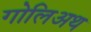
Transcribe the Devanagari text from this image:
गोलिअथ